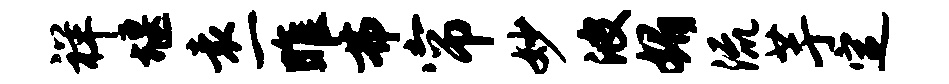
祥堰袁一雎弗帘妙波媚流芋定